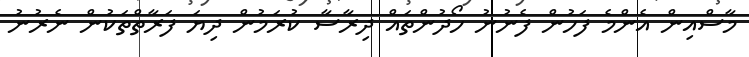
މާސްއިން އެންމެ ފަހުން ފެނުނު ހޯދުންތައް ދިރާސާ ކުރަމުން ދިޔަ ފަރާތްތަކުން ނެރުނު